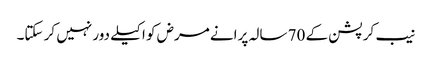
نیب کرپشن کے 70 سالہ پرانے مرض کو اکیلے دور نہیں کر سکتا۔